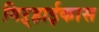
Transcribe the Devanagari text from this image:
गिऱ्हाईकास